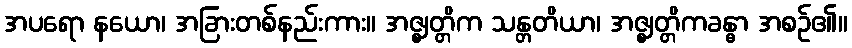
အပရော နယော၊ အခြားတစ်နည်းကား။ အဇ္ဈတ္တိက သန္တတိယာ၊ အဇ္ဈတ္တိကခန္ဓာ အစဉ်၏။